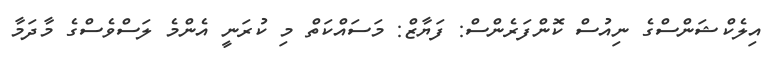
އިލެކްޝަންސްގެ ނިއުސް ކޮންފަރެންސް: ފަޔާޒް: މަސައްކަތް މި ކުރަނީ އެންމެ ލަސްވެސްގެ މާދަމާ